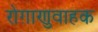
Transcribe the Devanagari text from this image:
रोग़ाणुवाहक